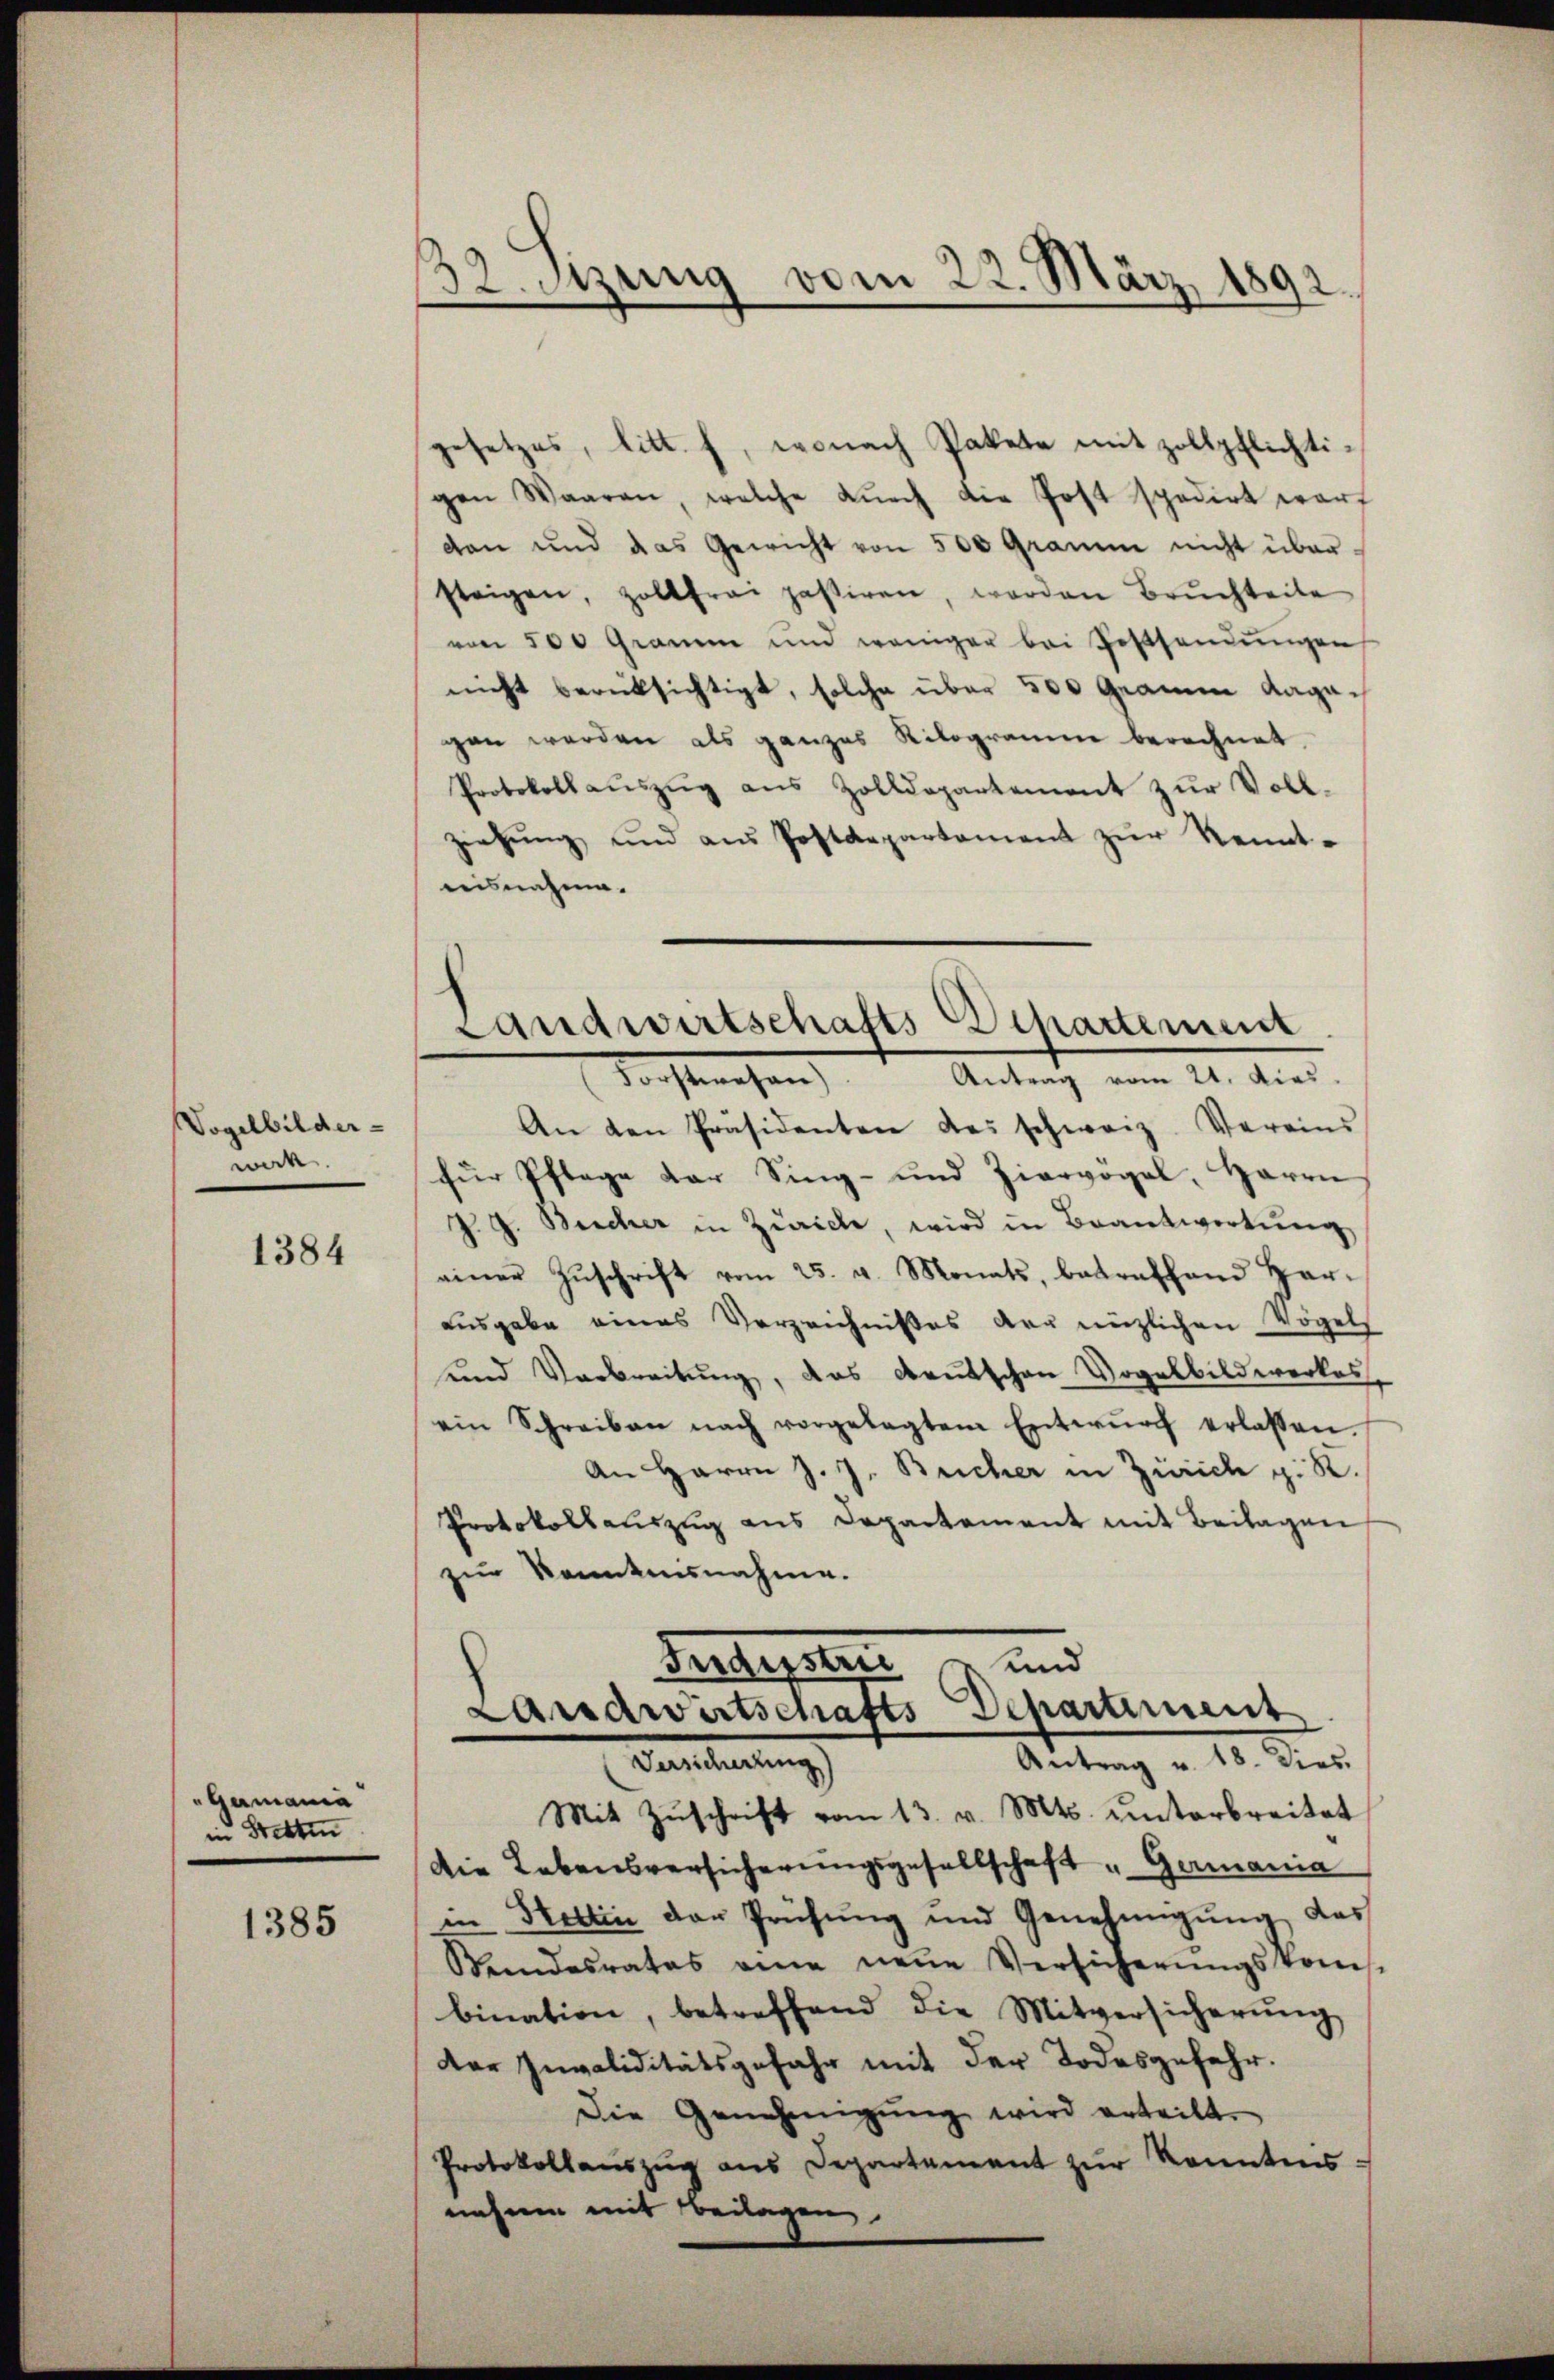
Vogelbilder-
werk

1384

Gamania
in Stetten

1385

32. Szung vom 22. März 1892.

gesetzes, litt. f, wonach Pakete mit zollpflichtigen Waaren, welche dŭrch die Post spedirt warf
dan und das Gewicht von 500 Gramm nicht über-
steigen, zollfrei passiren, worden Bruchteile
von 500 Gramm und weniger bei Festsendŭngen
nicht berücksichtigt, solche über 500 Grauen Ragagen werden als ganzes Rilogramme berechnet,
Protokollaŭszŭg aŭs Zolldepartement zŭr Voll-
ziehŭng und aus Postdepartament zŭr Kenntaisnahme.

Landwirtschafts-Departement
Antrag vom 21. dies
Forstehen

An den Präsidenten das schwarz. Vereins
für Pflage der Sing- und Ziervogel, Herrn
J. G. Beicher in Zürich, wird in Beantwortung,
einer Zŭschrift vom 25. v. Monats, betreffend har-
ausgabe eines Verzeichnißes der nüzlichen Vögels
und Verbreitung, das Deutschen Vogelbildwerkes
ein Schreiben nach vorgelegtem Entwŭrf erlassen.
An Herrn J. J. Beicher in Zürich z. R.
Protokollauszug aus Departement mit Beilagen
zur Kenntnisnahme.
Fendenten u. und
Landwirtschafts Separtiment
Antrag v. 18. Dies.
Vereiterung
Mit Zŭschrift vom 13. v. Mts. unterbreitet
Die Lebensversicherungsgesellschaft " Germania
in Stettin der Prüfŭng und Genehmigŭng das
Wundesrates eine neŭe Versicherŭngskom-
bination, betreffend die Mitversicherŭng
der Invaliditätsgefahr mit der Todesgefahr.
Die Genehmigŭng wird erteilt.
Protokollauszug aus Departement zur Kenntnis
nahme mit Beilagen